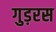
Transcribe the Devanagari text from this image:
गुड़रस